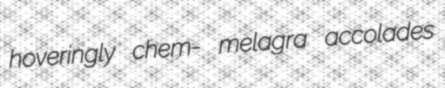
hoveringly chem- melagra accolades